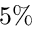
5 \%